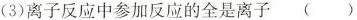
(3)离子反应中参加反应的全是离子()